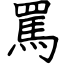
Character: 罵